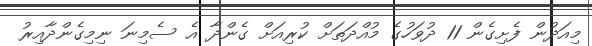
މިއަދުން ފެށިގެން 11 ދުވަހުގެ މުއްދަތަށް ކުރިއަށް ގެންދާ އެ ސެމިނަ ނިމިގެންދާއިރު